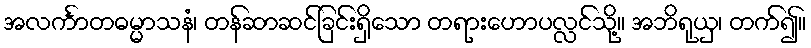
အလင်္ကာတဓမ္မာသနံ၊ တန်ဆာဆင်ခြင်းရှိသော တရားဟောပလ္လင်သို့။ အဘိရုယှ၊ တက်၍။